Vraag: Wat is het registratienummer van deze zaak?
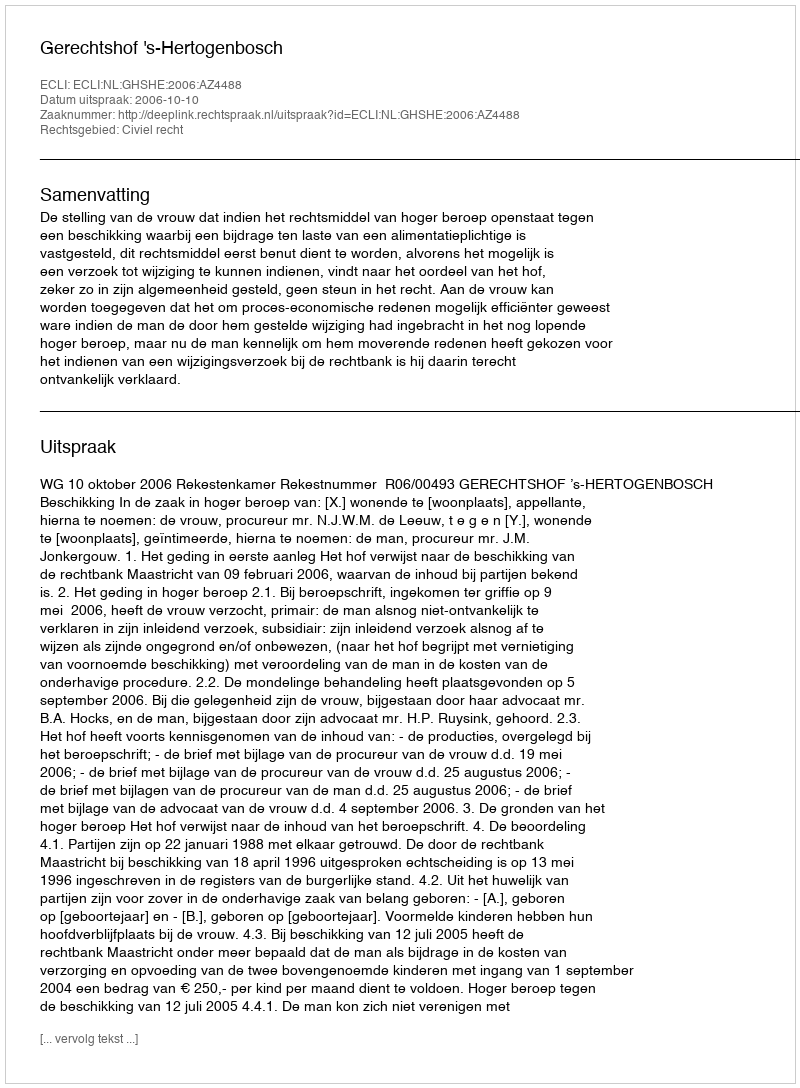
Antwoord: http://deeplink.rechtspraak.nl/uitspraak?id=ECLI:NL:GHSHE:2006:AZ4488